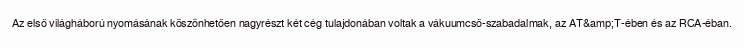
Az első világháború nyomásának köszönhetően nagyrészt két cég tulajdonában voltak a vákuumcső-szabadalmak, az AT&amp;T-ében és az RCA-éban.